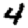
Digit: 4